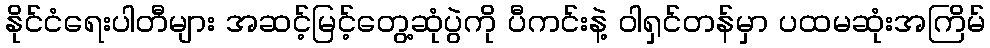
နိုင်ငံရေးပါတီများ အဆင့်မြင့်တွေ့ဆုံပွဲကို ပီကင်းနဲ့ ဝါရှင်တန်မှာ ပထမဆုံးအကြိမ်